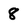
Character: 8